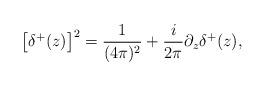
LaTeX: \begin{align*}\left[\delta^+(z)\right]^2=\frac{1}{(4\pi)^2}+\frac{i}{2\pi}\partial_z\delta^+(z),\end{align*}